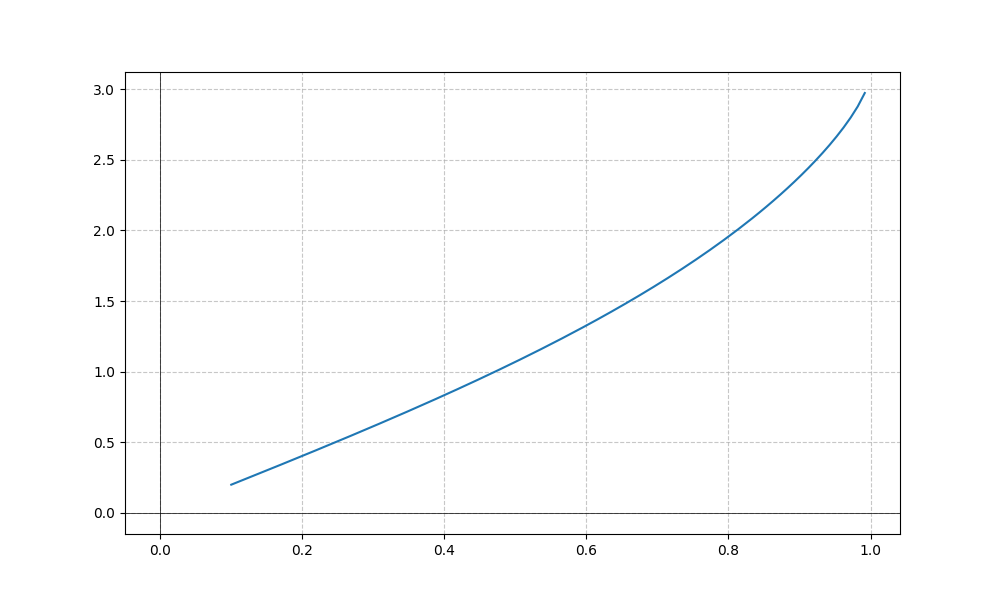
LaTeX formula: \tan{\left(x \right)} + \operatorname{asin}{\left(x \right)}